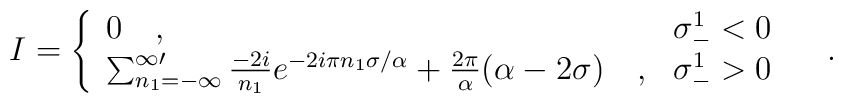
I = \left\{ \begin{array}{ll}	  0\quad , & \sigma^1_- < 0   \\	\sum_{n_1=-\infty }^{\infty \prime} {{-2i}\over{n_1}}	e^{-2 i \pi n_1 \sigma/\alpha} + {{2 \pi}\over{\alpha}}	(\alpha - 2 \sigma) \quad , & \sigma^1_- > 0  \end{array} 	\right. \quad .